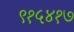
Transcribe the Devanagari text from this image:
९१५४१७